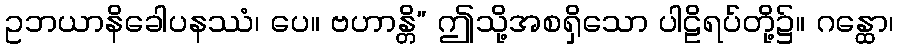
ဥဘယာနိခေါပနဿံ၊ ပေ။ ဗဟာန္တိ” ဤသို့အစရှိသော ပါဠိရပ်တို့၌။ ဂန္ထော၊